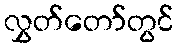
လွှတ်တော်တွင်